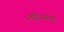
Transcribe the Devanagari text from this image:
लॉरेन्सवर